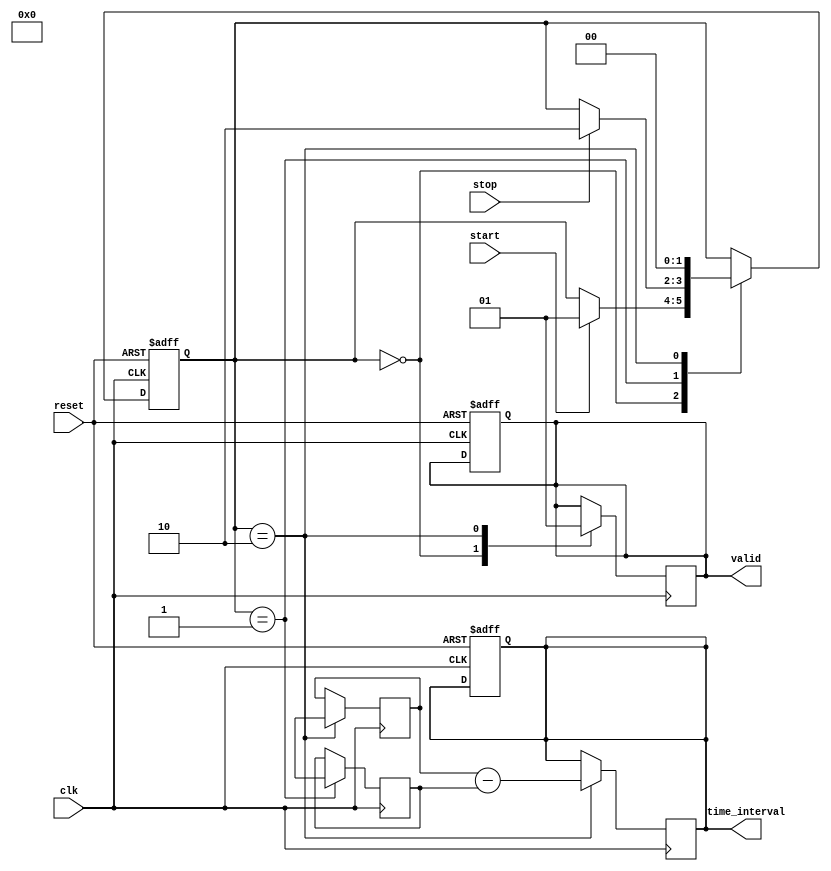
module TDC (
    input wire clk,          // High-frequency clock
    input wire reset,        // Reset signal
    input wire start,        // Start signal (S)
    input wire stop,         // Stop signal (E)
    output reg [31:0] time_interval, // Output time interval in clock cycles
    output reg valid         // Output valid signal
);

    // Memory to store timestamps
    reg [31:0] start_time;   // Timestamp for start signal
    reg [31:0] stop_time;    // Timestamp for stop signal
    reg capturing;           // State to indicate if we are capturing timestamps

    // State machine states
    localparam IDLE = 2'b00,
               CAPTURE_START = 2'b01,
               CAPTURE_STOP = 2'b10;

    reg [1:0] state, next_state;

    // State machine for TDC operation
    always @(posedge clk or posedge reset) begin
        if (reset) begin
            state <= IDLE;
            capturing <= 0;
            valid <= 0;
            time_interval <= 0;
        end else begin
            state <= next_state;
        end
    end

    // Next state logic
    always @(*) begin
        next_state = state;
        case (state)
            IDLE: begin
                if (start) begin
                    next_state = CAPTURE_START;
                end
            end
            CAPTURE_START: begin
                if (stop) begin
                    next_state = CAPTURE_STOP;
                end
            end
            CAPTURE_STOP: begin
                next_state = IDLE; // Go back to IDLE after capturing
            end
        endcase
    end

    // Timestamp capturing logic
    always @(posedge clk) begin
        case (state)
            IDLE: begin
                valid <= 0; // Reset valid signal
            end
            CAPTURE_START: begin
                start_time <= $time; // Capture start timestamp
                capturing <= 1; // Indicate capturing is in progress
            end
            CAPTURE_STOP: begin
                stop_time <= $time; // Capture stop timestamp
                time_interval <= stop_time - start_time; // Calculate time interval
                valid <= 1; // Indicate valid output
                capturing <= 0; // Reset capturing state
            end
        endcase
    end

endmodule